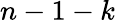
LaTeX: n-1-k